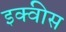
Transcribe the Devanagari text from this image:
इक्वीस